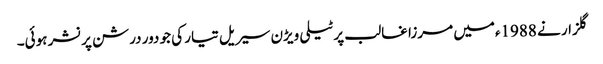
گلزار نے 1988ءمیں مرزا غالب پر ٹیلی ویڑن سیریل تیار کی جو دور درشن پرنشر ہوئی۔